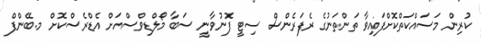
ކުރިން މަސައްކަތްކޮށްފައިވާ ތަންތަނުގެ ރެފަރެންސް ސިޓީ ފޮނުވާނީ ސަބާ މޯލްޑިވްސްއަށް އެޑްރެސްކޮށް މ.ބޭންފް